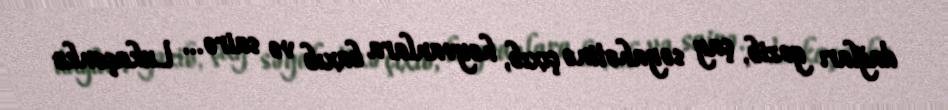
dağları gəzib, çay səyahətinə çıxıb, heyvanlara baxıb və sairə... Lukaşenko